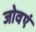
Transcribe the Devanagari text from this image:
जोवएं